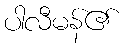
ပါလီမန်၏